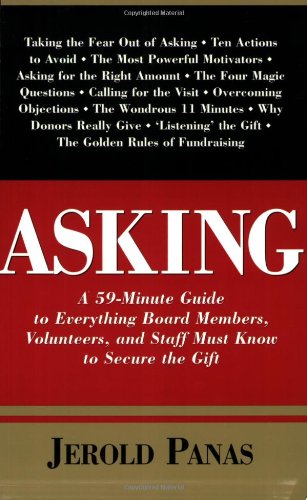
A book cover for Asking: A 59-Minute Guide to Everything Board Members, Volunteers, and Staff Must Know to Secure the Gift; Jerold Panas; Business & Money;